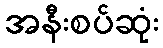
အနီးစပ်ဆုံး